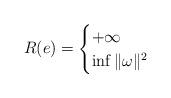
LaTeX: \begin{align*} R(e) = \begin{cases}+\infty &\\\inf{\| \omega \|^2} &\\\end{cases} \end{align*}